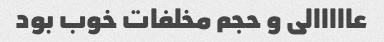
عااااالی و حجم مخلفات خوب بود